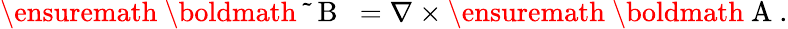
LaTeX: \ensuremath{\mathrm{~\boldmath~\tilde{~}{~B~}~}}=\nabla\times\ensuremath{\mathrm{~\boldmath~A~}}.